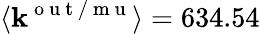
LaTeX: \langle\mathbf{k}^{\mathrm{{~o~u~t~/~m~u~}}}\rangle=634.54